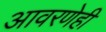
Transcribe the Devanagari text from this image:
आवरणेही